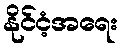
နိုင်ငံ့အရေး